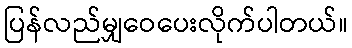
ပြန်လည်မျှဝေပေးလိုက်ပါတယ်။